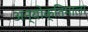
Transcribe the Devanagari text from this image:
अन्योक्तिमाला